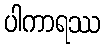
ပါကာရဿ